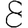
Digit: 8